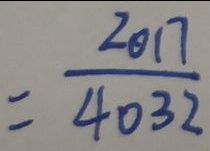
= \frac { 2 0 1 7 } { 4 0 3 2 }